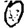
Digit: 0